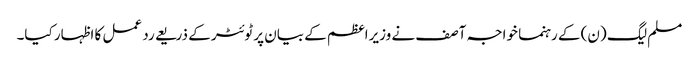
مسلم لیگ (ن) کے رہنما خواجہ آصف نے وزیراعظم کے بیان پر ٹوئٹر کے ذریعے رد عمل کا اظہار کیا۔